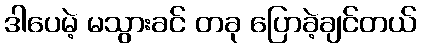
ဒါပေမဲ့ မသွားခင် တခု ပြောခဲ့ချင်တယ်